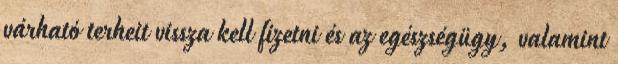
várható terheit vissza kell fizetni és az egészségügy, valamint